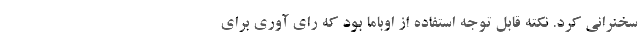
سخنرانی کرد. نکته قابل توجه استفاده از اوباما بود که رای آوری برای